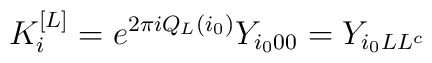
K^{[L]}_{i} = e^{2\pi i Q_L(i_0)} Y_{i_0 00} = Y_{i_0LL^c}